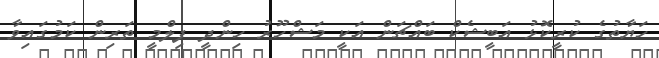
ހަޔާތުގެ ކުރީކޮޅު އަބީޝެކް ބައްޗަން އަކީ މަޝްހޫރު ހިންދީ ފިލްމީ ތަރިން ކަމުގައިވާ